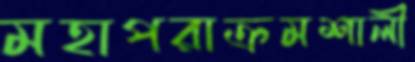
মহাপরাক্রমশালী